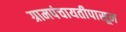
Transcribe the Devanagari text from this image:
ग्रामपंचायतीपासून